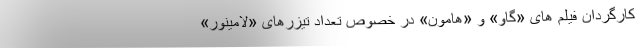
کارگردان فیلم های «گاو» و «هامون» در خصوص تعداد تیزرهای «لامینور»